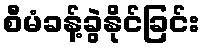
စီမံခန့်ခွဲနိုင်ခြင်း